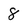
Character: 8